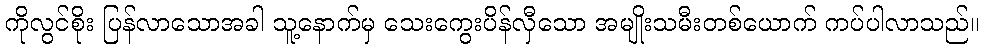
ကိုလွင်စိုး ပြန်လာသောအခါ သူ့နောက်မှ သေးကွေးပိန်လှီသော အမျိုးသမီးတစ်ယောက် ကပ်ပါလာသည်။